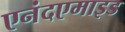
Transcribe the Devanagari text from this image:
एनंदएमाइड